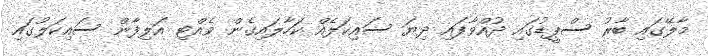
މާލޭގައި ބާރު ސްޕީޑުގައި ދުއްވާފައި ދިޔަ ސައިކަލެއް ކަހާލައިގެން ވެއްޓި އަލިފާން ސައިކަލުގައި